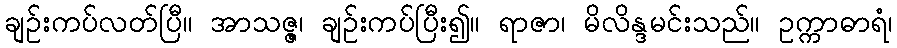
ချဉ်းကပ်လတ်ပြီ။ အာသဇ္ဇ၊ ချဉ်းကပ်ပြီး၍။ ရာဇာ၊ မိလိန္ဒမင်းသည်။ ဥက္ကာဓာရံ၊